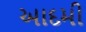
આદમી